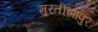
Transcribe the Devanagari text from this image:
मुरतीझापुर